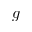
g